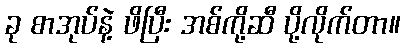
ခု စာအုပ်နဲ့ ဖိပြီး အစ်ကို့ဆီ ပို့လိုက်တာ။